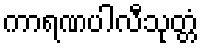
ကာရဏပါလီသုတ္တံ